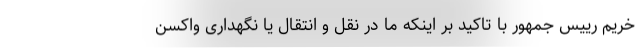
خریم رییس جمهور با تاکید بر اینکه ما در نقل و انتقال یا نگهداری واکسن